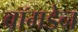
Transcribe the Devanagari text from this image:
ब्रॉमडेन